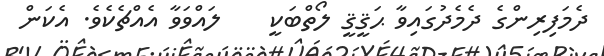
ދެމަފިރިންގެ ދެމެދުގައިވާ ޙަޤީޤީ ލޯތްބަކީ    ލައްވަވާ އެއްޗެކެވެ. އެކަން